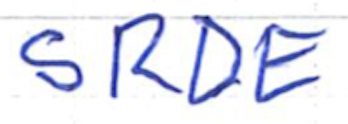
Text: SRDE
Cross-out: clean
Writing tool: ballpoint